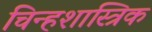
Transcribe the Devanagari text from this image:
चिन्हशास्त्रिक